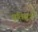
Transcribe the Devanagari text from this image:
प्रतिसूत्रों